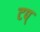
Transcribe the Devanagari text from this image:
टप्